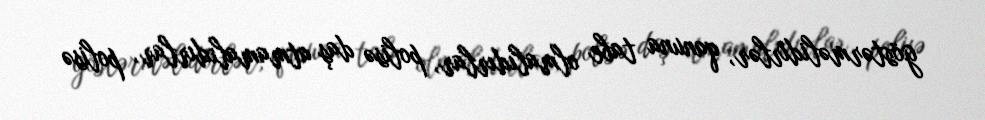
göstərməlidirlər, qanuna tabe olmalıdırlar, polisə daş atmamalıdırlar, polisə